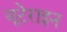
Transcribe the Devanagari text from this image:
यूटेराइन